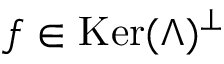
f \in \mathop { \mathrm { K e r } } ( \Lambda ) ^ { \perp }